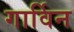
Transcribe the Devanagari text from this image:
गार्विन